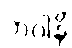
ဘဝါနိ